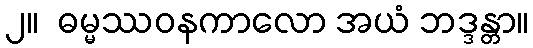
၂။  ဓမ္မဿဝနကာလော အယံ ဘဒ္ဒန္တာ။